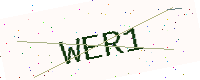
Text: WER1